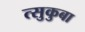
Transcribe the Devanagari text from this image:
त्सुकुबा